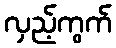
လှည့်ကွက်